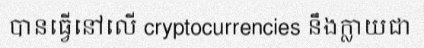
បានធ្វើនៅលើ cryptocurrencies នឹងក្លាយជា